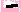
Text: -